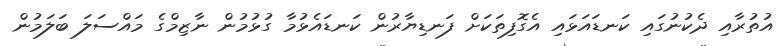
އުތުރާއި ދެކުނުގައި ކަނޑައަޅައި އެގޮފިތަކަށް ފަނޑިޔާރުން ކަނޑައެޅުމާ ގުޅުމުން ނާޒިމްގެ މައްސަލަ ބަލަމުން